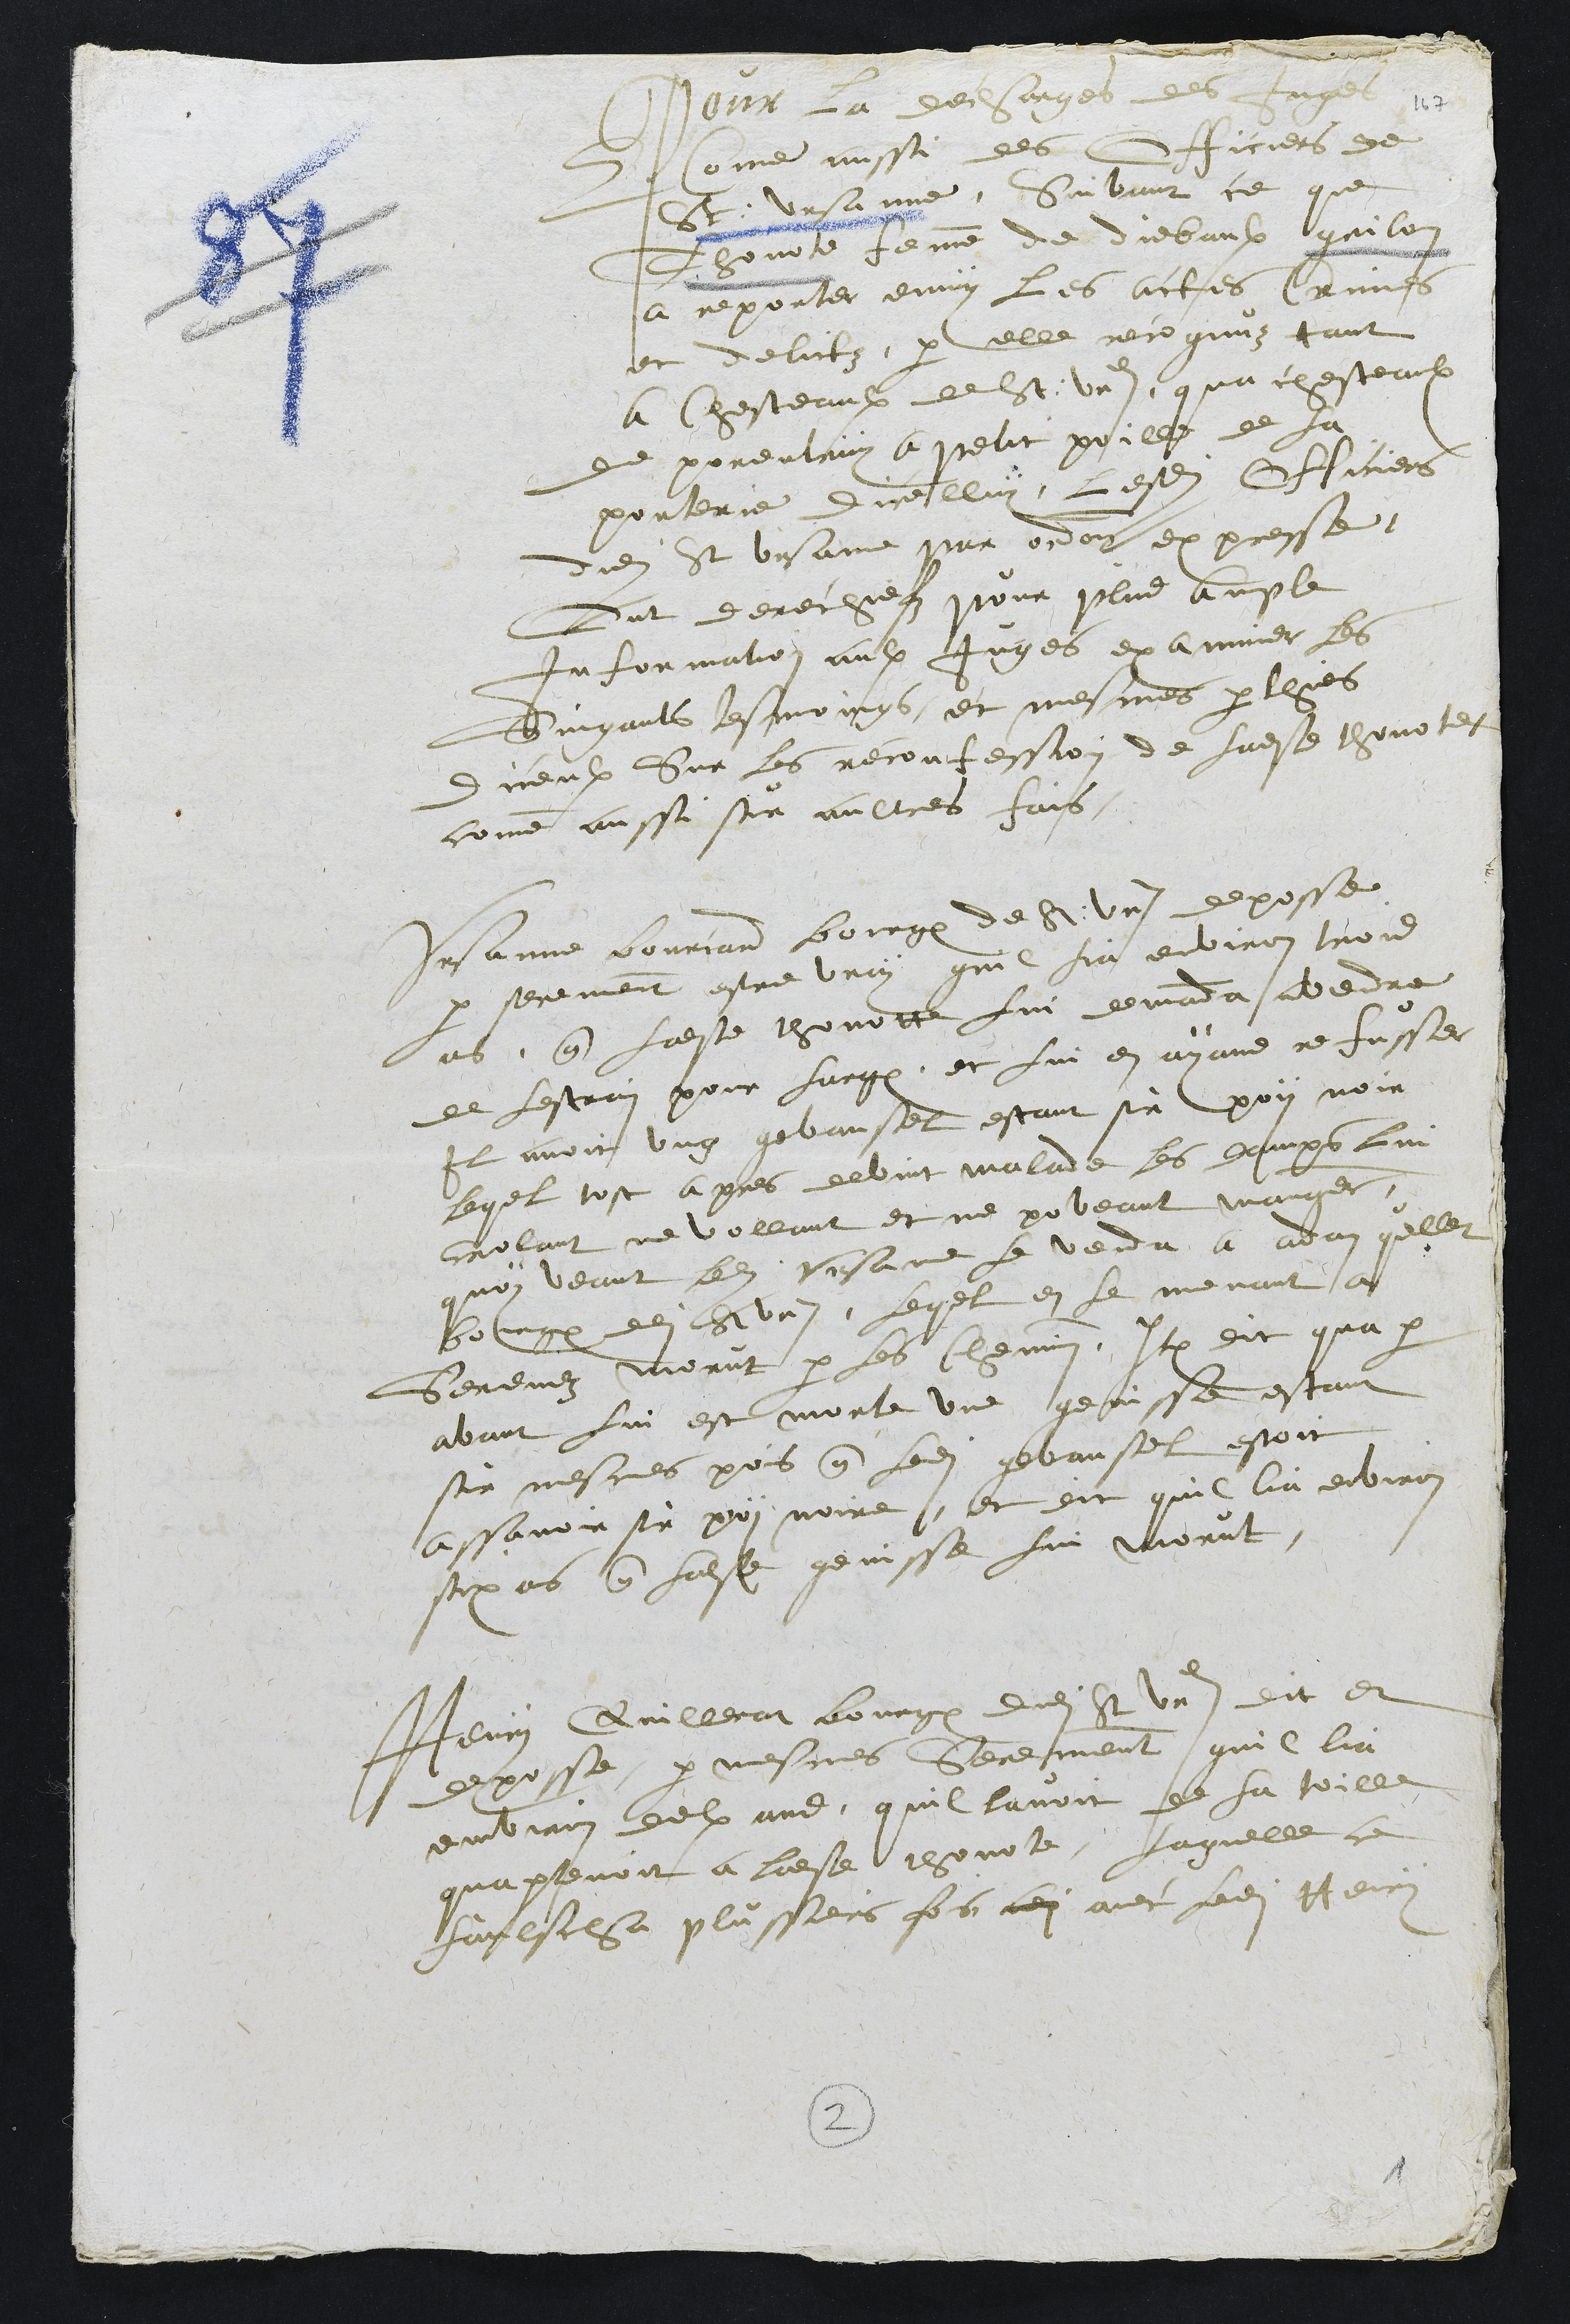
Pour la decharges des Juges
come aussi des Officiers de
St Ursanne, Suivant ce que
Thonote femme de Diebaulx grilon
a reporter enmy les actes Crimes
et delictz par elle recognuz tant
a Chasteaulx de St Ursanne qua chasteaulx
de porentruy a petit poille de la
porterie dicelluy, lesdits Officiers
dudit St Ursanne par ordonnance expresse
Ont derechiefz pour plus ample
Information aulx juges examiner les
Suigants tesmoings, et mesmes parthies
diceulx Sur les reconfession de ladite thonote
comme aussi sur aultres fais
Ursanne bourcard bourgeois de St Ursanne deposse
par serement estre vray quil lia environ trois
ans que ladite thonotte lui demanda avendre
de lestrain pour larg, et lui en ayans refusser
Il avoit ung gevansel estant sur poy noir
lequel tost apres devint malade les damps lui
crollant ne vollant et ne poveant manger
quoy veant ledit Ursanne le venda a Adam quellet
bourgeois dudit St Ursanne, lequel en le menant a
Senevez morut par les chemin, Item dit qua par
avant lui est morte une genisse estant
sur mesmes pois que ledit gevansel estoit
assavoir sur poy noire, et dit quil lia environ
six ans que ladite genisse lui morut.
Henry Quillerat bourgeois dudit St Ursanne dit et
deposse, par mesmes serement quil lia
environ deulx ans, quil lavoit de la toille
quapartenoit a ladite thonote, Laquelle ce
faulscha plussieurs fois adi avec ledit Henry
2
1